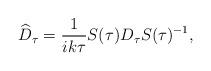
LaTeX: \begin{align*}\widehat{D}_{\tau} = \frac{1}{ik\tau}S(\tau)D_{\tau}S(\tau)^{-1},\end{align*}